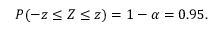
P ( - z \leq Z \leq z ) = 1 - \alpha = 0 . 9 5 .